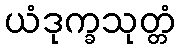
ယံဒုက္ခသုတ္တံ